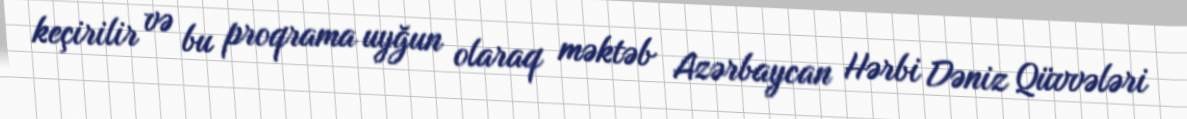
keçirilir və bu proqrama uyğun olaraq məktəb Azərbaycan Hərbi Dəniz Qüvvələri